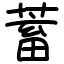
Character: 蓄